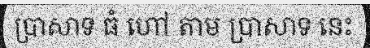
ប្រាសាទ ធំ ហៅ តាម ប្រាសាទ នេះ